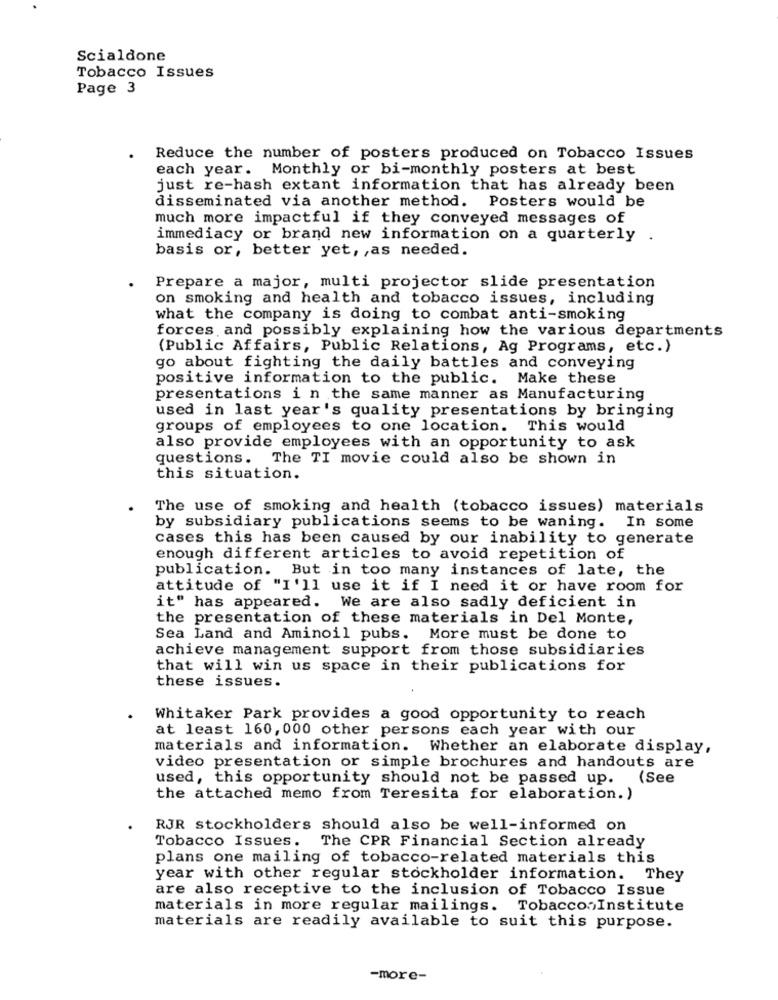
Scialdone
Tobacco Issues
Page 3
Reduce the number of posters produced on Tobacco Issues
each year. Monthly or bi-monthly posters at best
just re-hash extant information that has already been
disseminated via another method. Posters would be
much more impactful if they conveyed messages of
immediacy or brand new information on a quarterly
basis or, better yet, , as needed.
Prepare a major, multi projector slide presentation
on smoking and health and tobacco issues, including
what the company is doing to combat anti-smoking
forces and possibly explaining how the various departments
(Public Affairs, Public Relations, Ag Programs, etc.)
go about fighting the daily battles and conveying
positive information to the public. Make these
presentations i n the same manner as Manufacturing
used in last year's quality presentations by bringing
groups of employees to one location. This would
also provide employees with an opportunity to ask
questions. The TI movie could also be shown in
this situation.
The use of smoking and health (tobacco issues) materials
by subsidiary publications seems to be waning. In some
cases this has been caused by our inability to generate
enough different articles to avoid repetition of
publication. But in too many instances of late, the
attitude of "I'll use it if I need it or have room for
it" has appeared. We are also sadly deficient in
the presentation of these materials in Del Monte,
Sea Land and Aminoil pubs. More must be done to
achieve management support from those subsidiaries
that will win us space in their publications for
these issues.
Whitaker Park provides a good opportunity to reach
at least 160, 000 other persons each year with our
materials and information. Whether an elaborate display,
video presentation or simple brochures and handouts are
used, this opportunity should not be passed up. (See
the attached memo from Teresita for elaboration.)
RJR stockholders should also be well-informed on
Tobacco Issues.
The CPR Financial Section already
plans one mailing of tobacco-related materials this
year with other regular stockholder information. They
are also receptive to the inclusion of Tobacco Issue
materials in more regular mailings. TobaccosInstitute
materials are readily available to suit this purpose.
-more-